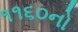
૧૧૬૦નો